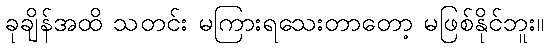
ခုချိန်အထိ သတင်း မကြားရသေးတာတော့ မဖြစ်နိုင်ဘူး။